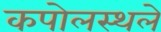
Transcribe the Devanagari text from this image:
कपोलस्थले